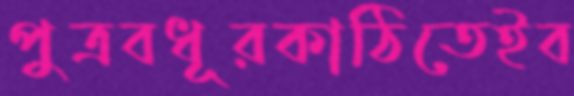
পুত্রবধূরকাঠিতেইব